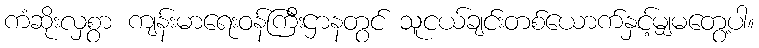
ကံဆိုးလှစွာ ကျန်းမာရေးဝန်ကြီးဌာနတွင် သူငယ်ချင်းတစ်ယောက်နှင့်မျှမတွေ့ပါ။